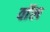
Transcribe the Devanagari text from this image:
वाॅल